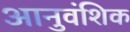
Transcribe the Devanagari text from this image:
आनुवंशिक